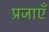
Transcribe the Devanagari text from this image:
प्रजाएँ